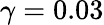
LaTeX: \gamma=0.03